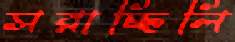
সরাচ্ছিলি